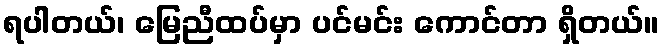
ရပါတယ်၊ မြေညီထပ်မှာ ပင်မင်း ကောင်တာ ရှိတယ်။